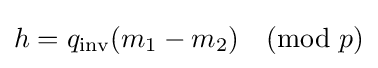
h=q_{\text{inv}}(m_{1}-m_{2}){\pmod {p}}